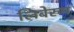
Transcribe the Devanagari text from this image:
लिबेरुम